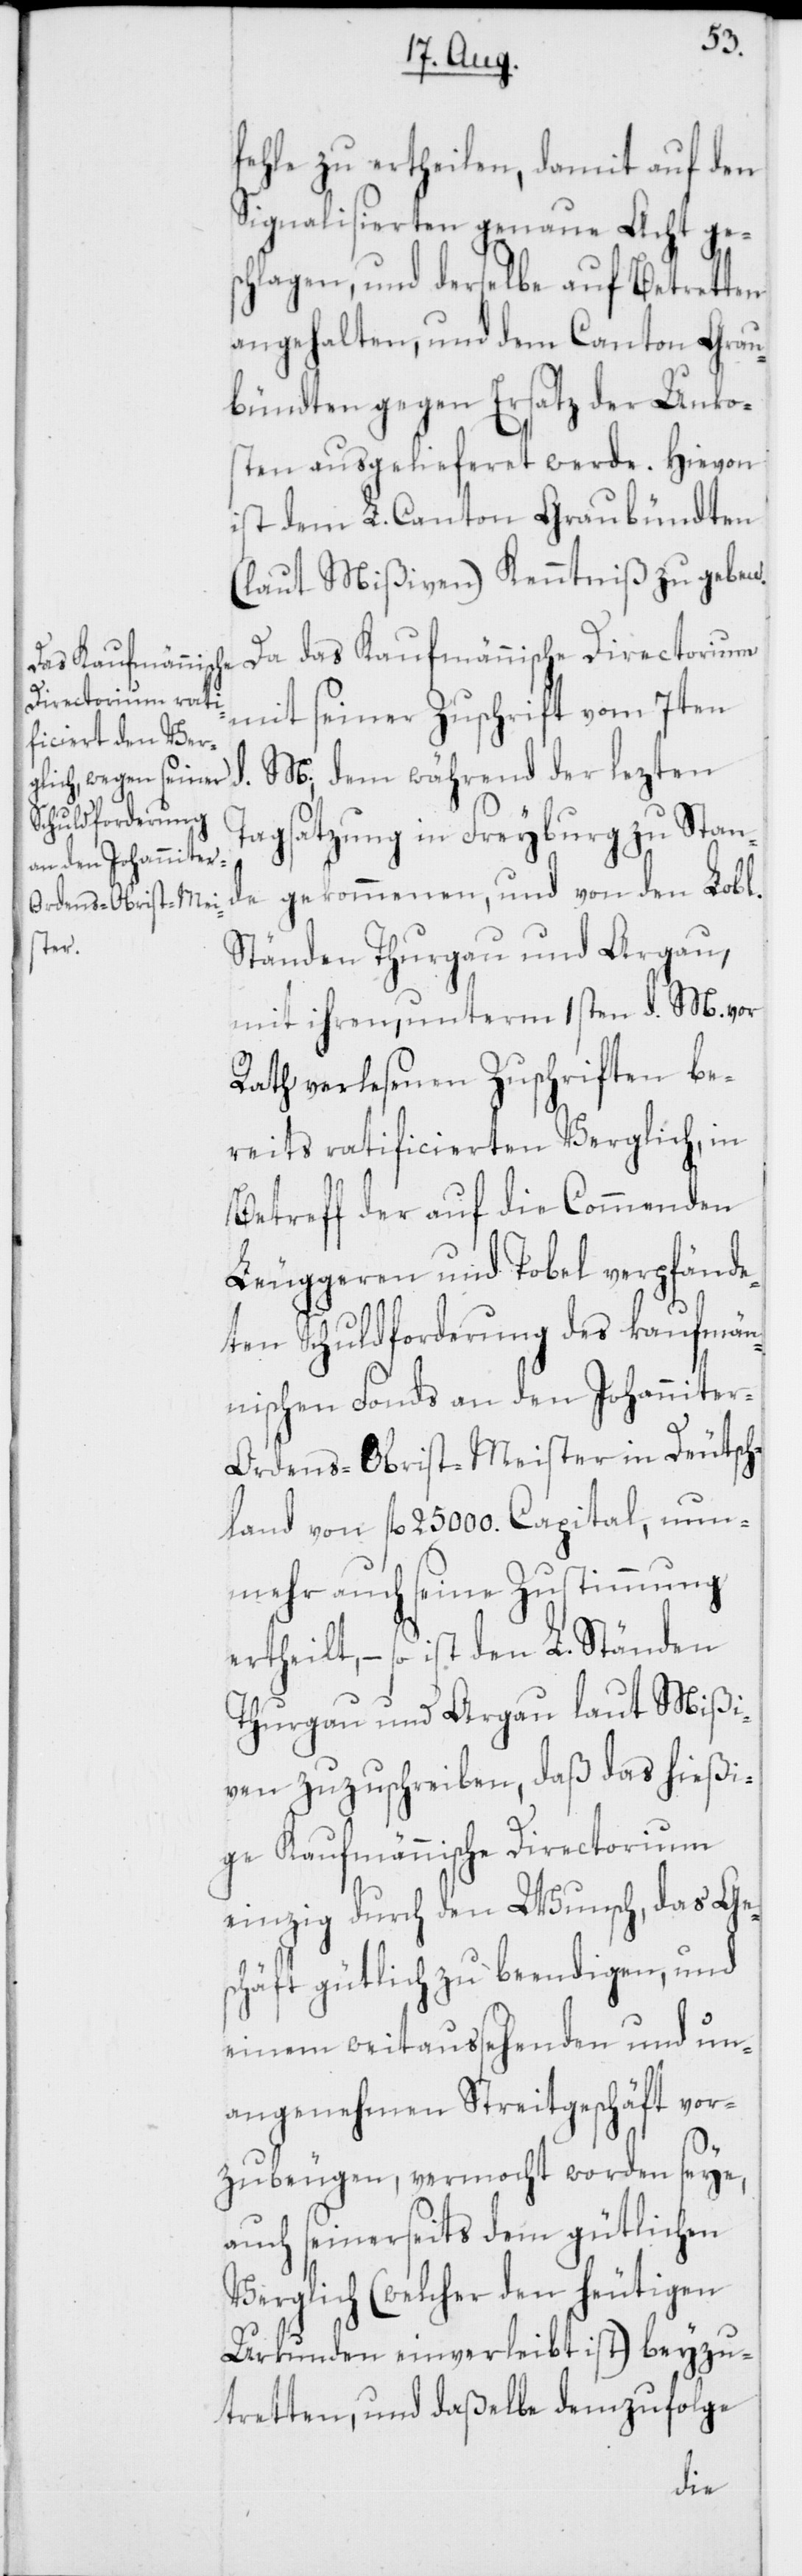
fehle zu ertheilen, damit auf den
Signalisierten genaue Acht ges¬
chlagen, und derselbe auf Betretten
angehalten, und dem Canton Grau¬
bündten gegen Ersatz der Unkos¬
ten ausgelieferet werde. Hievon
ist dem L. Canton Graubündten
(laut Mißiven) Kenntniß zu geben.
Da das Kaufmännische Directorium
mit seiner Zuschrift vom 7ten
M., dem während der lezten
Tagsatzung in Freyburg zu Stand¬
e gekommenen, und von den Lobl.
Ständen Thurgau und Argau,
mit ihren, unterm 1sten d. M. vor
Rath verlesenen Zuschriften be¬
reits ratificierten Verglich, in
Betreff der auf die Commenden
Leuggeren und Tobel verpfände¬
ten Schuldforderung des kaufmän¬
nischen Fonds an den Johannite¬
r-Ordens-Obrist-Meister in Deutsch¬
land von fl. 25 000. Capital, nun¬
mehr auch seine Zustimmung
ertheilt, – so ist den L. Ständen
Thurgau und Argau laut Mißi¬
ven zuzuschreiben, daß das hießi¬
ge Kaufmännische Directorium
einzig durch den Wunsch, das Ge¬
schäft gütlich zu beendigen, und
einem weitaussehenden und un¬
angenehmen Streitgeschäft vor¬
zubeugen, vermocht worden seye,
auch seinerseits dem gütlichen
Verglich (welcher den heutigen
Urkunden einverleibt ist) beyzu¬
tretten, und daßelbe demzufolge